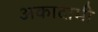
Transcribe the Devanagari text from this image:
अकादामी